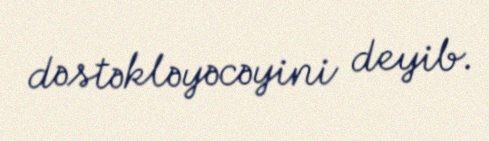
dəstəkləyəcəyini deyib.